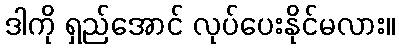
ဒါကို ရှည်အောင် လုပ်ပေးနိုင်မလား။